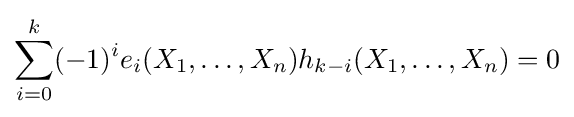
\sum _{i=0}^{k}(-1)^{i}e_{i}(X_{1},\ldots ,X_{n})h_{k-i}(X_{1},\ldots ,X_{n})=0